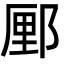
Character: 䣑